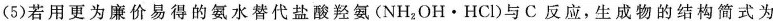
(5)若用更为廉价易得的氨水替代盐酸羟氨(NH_{2}OH·HCl)与C反应，生成物的结构简式为